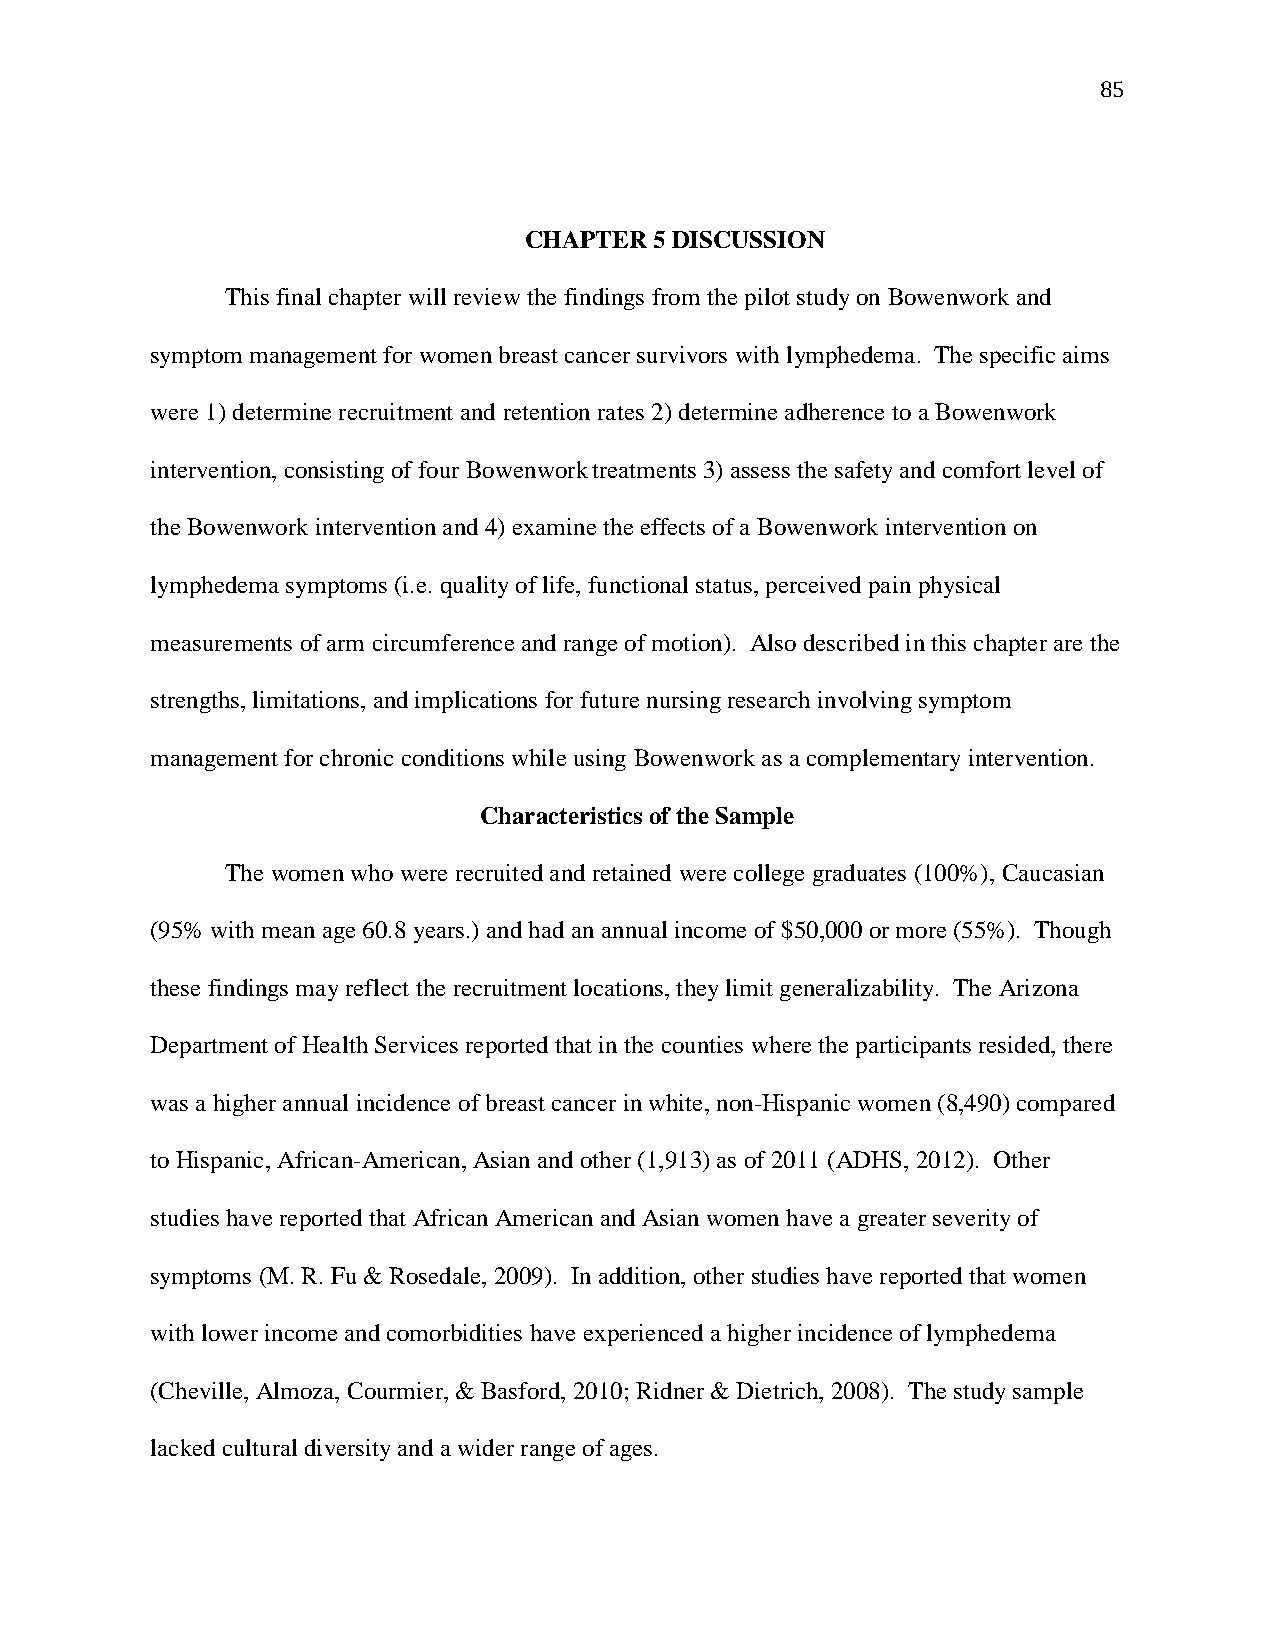
85
 CHAPTER 5 DISCUSSION
 This final chapter will review the findings from the pilot study on Bowenwork and
 symptom management for women breast cancer survivors with lymphedema. The specific aims
 were 1) determine recruitment and retention rates 2) determine adherence to a Bowenwork
 intervention, consisting of four Bowenwork treatments 3) assess the safety and comfort level of
 the Bowenwork intervention and 4) examine the effects of a Bowenwork intervention on
 lymphedema symptoms (i.e. quality of life, functional status, perceived pain physical
 measurements of arm circumference and range of motion). Also described in this chapter are the
 strengths, limitations, and implications for future nursing research involving symptom
 management for chronic conditions while using Bowenwork as a complementary intervention.
 Characteristics of the Sample
 The women who were recruited and retained were college graduates (100%), Caucasian
 (95% with mean age 60.8 years.) and had an annual income of $50,000 or more (55%). Though
 these findings may reflect the recruitment locations, they limit generalizability. The Arizona
 Department of Health Services reported that in the counties where the participants resided, there
 was a higher annual incidence of breast cancer in white, non-Hispanic women (8,490) compared
 to Hispanic, African-American, Asian and other (1,913) as of 2011 (ADHS, 2012). Other
 studies have reported that African American and Asian women have a greater severity of
 symptoms (M. R. Fu & Rosedale, 2009). In addition, other studies have reported that women
 with lower income and comorbidities have experienced a higher incidence of lymphedema
 (Cheville, Almoza, Courmier, & Basford, 2010; Ridner & Dietrich, 2008). The study sample
 lacked cultural diversity and a wider range of ages.